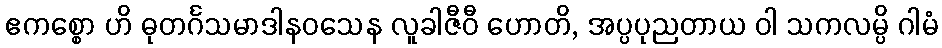
ဧကစ္စော ဟိ ဓုတင်္ဂသမာဒါနဝသေန လူခါဇီဝီ ဟောတိ, အပ္ပပုညတာယ ဝါ သကလမ္ပိ ဂါမံ